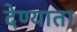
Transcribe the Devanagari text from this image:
देण्याता